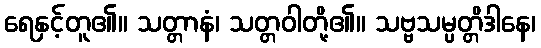
ရေနှင့်တူ၏။ သတ္တာနံ၊ သတ္တဝါတို့၏။ သဗ္ဗသမ္ပတ္တိဒါနေ၊